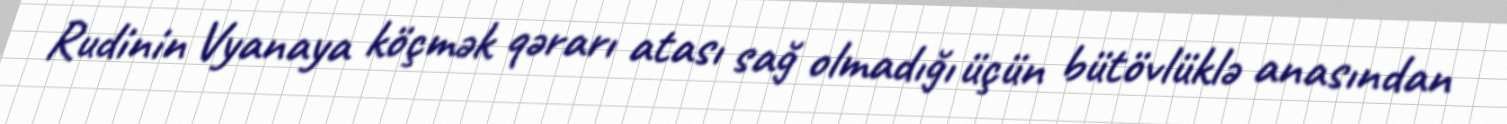
Rudinin Vyanaya köçmək qərarı atası sağ olmadığı üçün bütövlüklə anasından